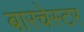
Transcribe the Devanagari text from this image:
बारचेस्टर